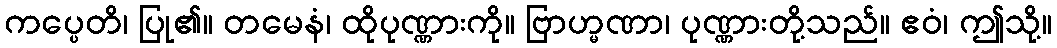
ကပ္ပေတိ၊ ပြု၏။ တမေနံ၊ ထိုပုဏ္ဏားကို။ ဗြာဟ္မဏာ၊ ပုဏ္ဏားတို့သည်။ ဧဝံ၊ ဤသို့။